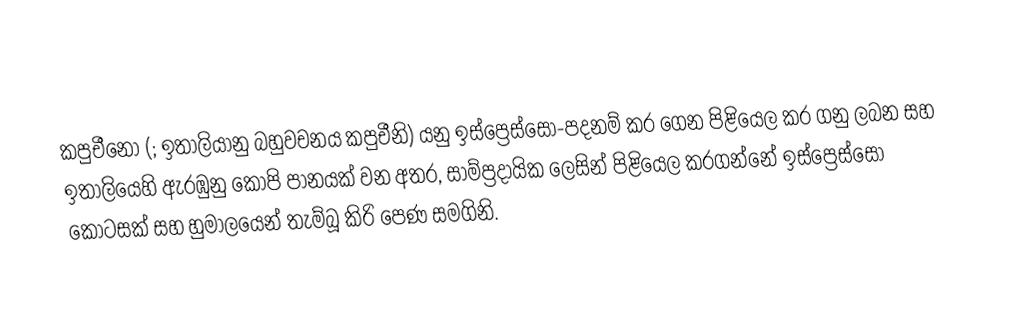
කපුචීනෝ (;  ඉතාලියානු බහුවචනය කපුචීනි) යනු ඉස්ප්‍රෙස්සෝ-පදනම් කර ගෙන පිළියෙල කර ගනු ලබන සහ ඉතාලියෙහි ඇරඹුනු කෝපි පානයක් වන අතර, සාම්ප්‍රදායික ලෙසින් පිළියෙල කරගන්නේ ඉස්ප්‍රෙස්සෝ කොටසක් සහ හුමාලයෙන් තැම්බූ කිරි පෙණ සමගිනි.